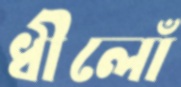
ধীলোঁ